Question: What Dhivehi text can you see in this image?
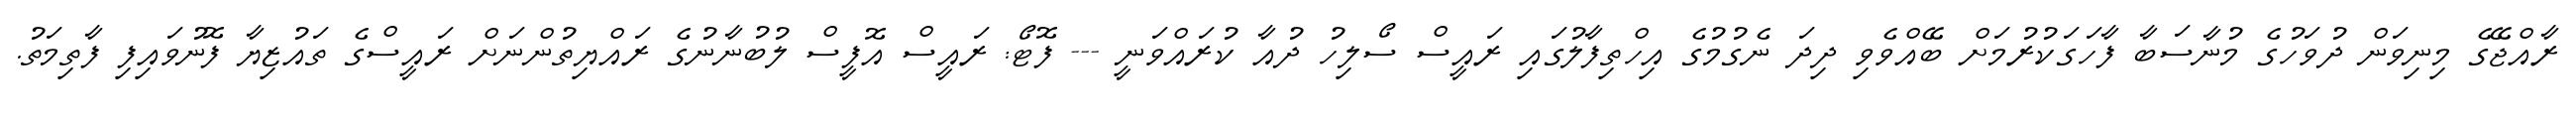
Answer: ރާއްޖޭގެ މިނިވަން ދުވަހުގެ މުނާސަބާ ފާހަގަކުރުމަށް ބޭއްވެވި ދިދަ ނެގުމުގެ އިހްތިފާލުގައި ރައީސް ސޯލިހު ދުއާ ކުރައްވަނީ --- ފޮޓޯ: ރައީސް އޮފީސް ލުބުނާނުގެ ރައްޔިތުންނަށް ރައީސްގެ ތައުޒިޔާ ފޮނުވައިފި ފާތިމަތު.